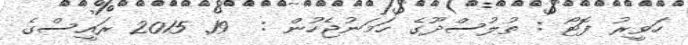
ހަވީރު ފޮޓޯ : ތުލުސްދޫގެ ހަމަނުޖެހުން :  19